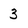
Character: 3